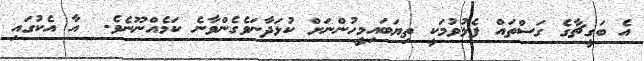
އެ ބަގީޗާގެ ގަސްތައް ފެޅުވުމަކީ ތިޔަބައިމީހުންނަށް ކުޅަދާނަވެގެންވާނެ ކަމެއްނޫނެވެ.  އާ އެކުގައި